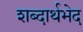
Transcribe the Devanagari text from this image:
शब्दार्थभेद